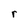
Character: r